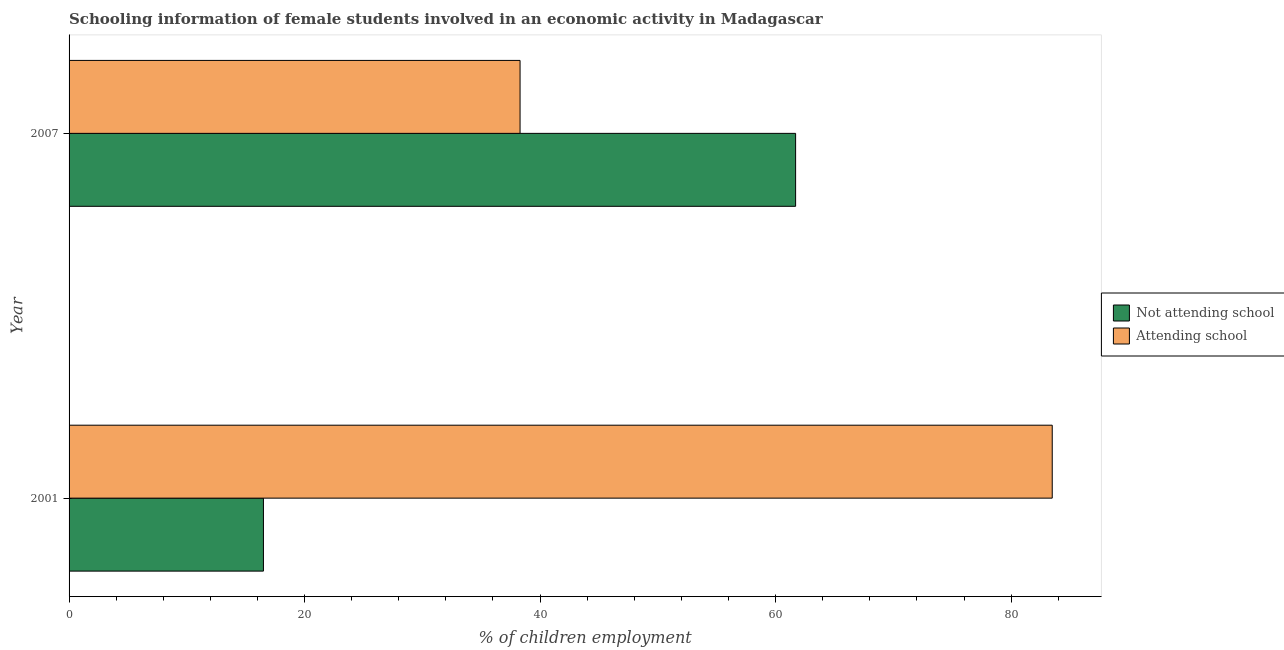
| Year | Not attending school | Attending school |
 | --- | --- | --- |
 | 2001 | 16.5 | 83.5 |
 | 2007 | 61.7 | 38.3 |